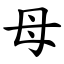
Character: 母